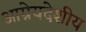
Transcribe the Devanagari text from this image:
आग्नेयदेशीय